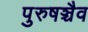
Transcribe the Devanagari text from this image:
पुरुषञ्चैव